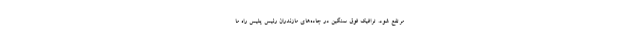
مرتفع شود. ترافیک فوق سنگین در جاده‌های مازندران رئیس پلیس راه ما